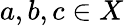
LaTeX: a,b,c\in X